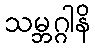
သမ္ဘဂ္ဂါနိ